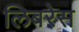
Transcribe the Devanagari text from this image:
लिबरेस